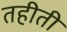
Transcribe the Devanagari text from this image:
तहीती